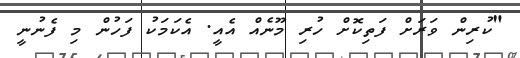
"ކުރިން ވަރަށް ފަތިކޮށް ހުރި މޫނެއް އެއީ. އެކަމަކު ފަހުން މި ފެނުނީ